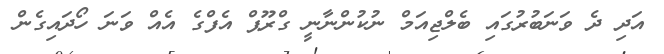
އަދި ދެ ވަނަބުރުގައި ބެލްޖިއަމް ނުކުންނާނީ ގްރޫޕް އެފްގެ އެއް ވަނަ ހޯދައިގެން